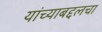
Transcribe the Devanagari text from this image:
यांच्याबद्दलचा